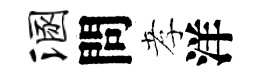
溷問孝洋